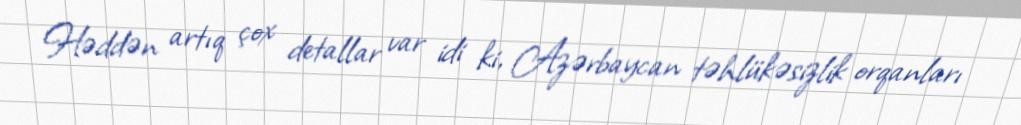
Həddən artıq çox detallar var idi ki, Azərbaycan təhlükəsizlik orqanları